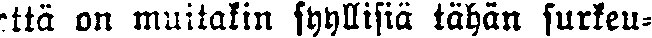
että on muitakin syyllisiä tähän surkeu-